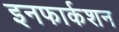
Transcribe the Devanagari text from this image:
इनफार्कशन